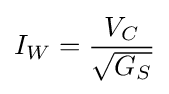
I_{W}={\frac {V_{C}}{\sqrt {G_{S}}}}